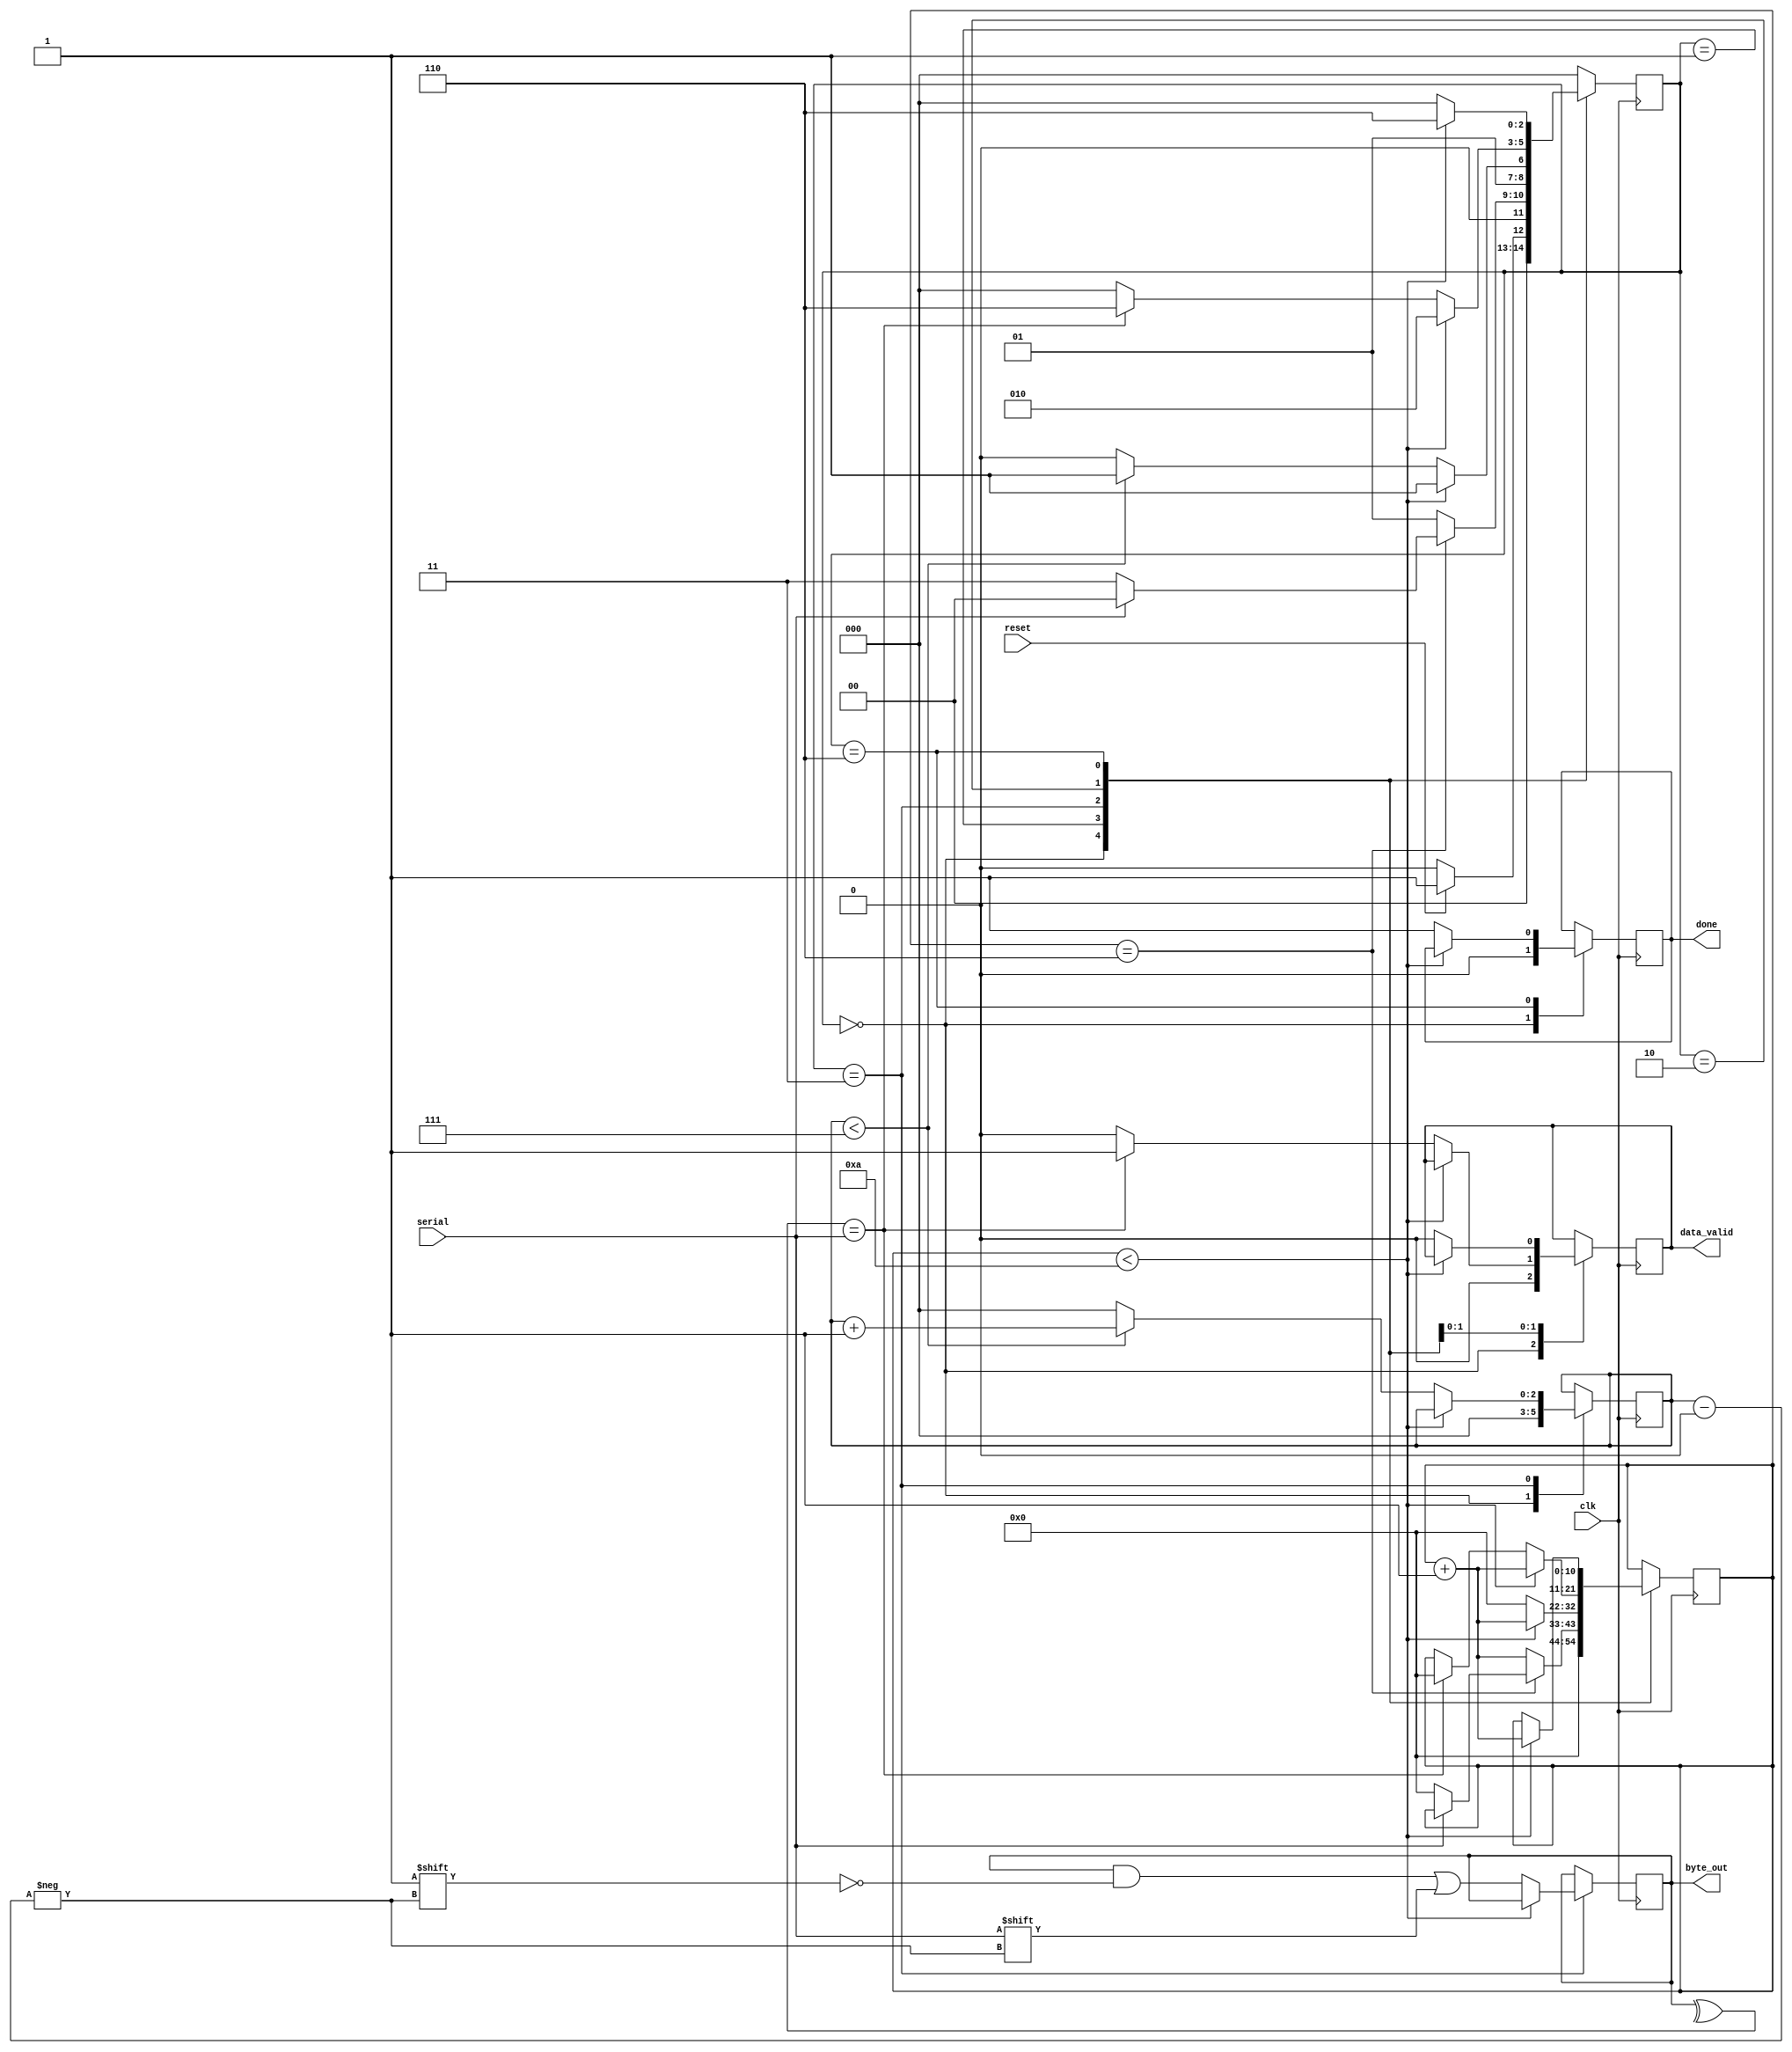
module uart_rx(
    input clk,
    input reset,
    input serial,
    output reg data_valid,
    output [7:0]byte_out,
    output reg done
    );
   parameter s_idle=3'b000,
             s_start=3'b001,
             s_data=3'b011,
             s_parity=3'b010,
             s_stop=3'b110;
parameter countingtime=10;      //10,000,000 divide by 115200=87.....currently kept 10;
reg [10:0]count;     //used to set baud rate...9600bits per second
reg [2:0]state=0; 
reg data_in;
reg [2:0]bits;
reg parity_check;
reg [7:0]byte;
assign byte_out=byte;
always@(posedge clk)
case(state)
    s_idle: begin   
            count<=0;  
            bits<=0;
            data_in<=0;
            done<=0;
            data_valid<=0;
            if(reset==0)
                state<=s_idle;
            else
                state<=s_start;
            end
     s_start:begin
            if(count==((countingtime+2)/2))
                if(serial==0)
                    begin   count<=0;
                            state<=s_data;  end
                else
                    state<=s_idle;
             else begin
                    count<=count+1'b1;
                    state<=s_start;
                  end
             end
    s_data:begin
            if(count<(countingtime))
                begin   count<=count+1'b1;
                state<=s_data;  end
            else  begin
                count<=0;
                byte[bits]<=serial;
                if(bits<7)
                    begin
                    bits<=bits+1'b1;
                    state<=s_data;  end
                else begin
                        bits<=0;
                        state<= s_parity;  end
             end  end
    s_parity: begin
              if(count<(countingtime))
                begin   count<=count+1'b1;
                state<=s_parity;  end
              else  begin  
                    data_in=serial;      
                    parity_check= ^byte;       
                    if(parity_check==data_in)
                          begin  data_valid<=1;state<=s_stop; count<=0; end
                    else  begin  data_valid<=0;state<=s_idle; end
                  end
            end
     s_stop:begin
              if(count<(countingtime))
                begin   count<=count+1'b1;
                        state<=s_stop;  end  
              else 
                    begin
                        data_valid<=0;
                        done<=1;
                        state<=s_idle;            
                    end
              end
      default: begin state<=s_idle; end
endcase                
endmodule